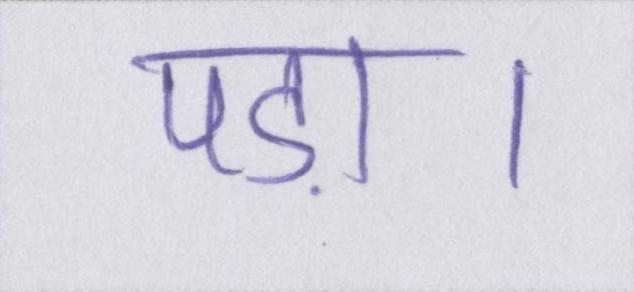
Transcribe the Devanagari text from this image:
पड़ा।